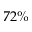
7 2 \%